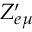
Z _ { e \mu } ^ { \prime }